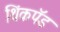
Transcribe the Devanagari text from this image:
थिंकपॅड